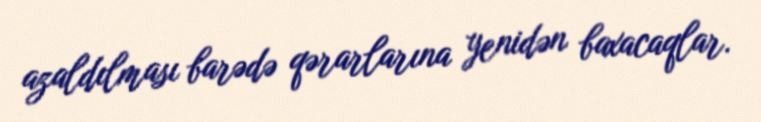
azaldılması barədə qərarlarına yenidən baxacaqlar.